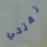
تفتحي